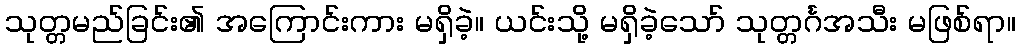
သုတ္တမည်ခြင်း၏ အကြောင်းကား မရှိခဲ့။ ယင်းသို့ မရှိခဲ့သော် သုတ္တင်္ဂအသီး မဖြစ်ရာ။